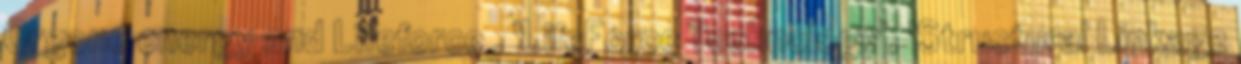
Orgone energy and Lifeforce , 'LifeForce Technology', 'Structural Linkage